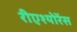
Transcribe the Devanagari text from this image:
रीएश्योरेंस